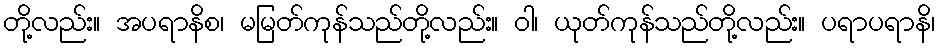
တို့လည်း။ အပရာနိစ၊ မမြတ်ကုန်သည်တို့လည်း။ ဝါ၊ ယုတ်ကုန်သည်တို့လည်း။ ပရာပရာနိ၊